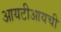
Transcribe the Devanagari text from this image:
आयटीआयची